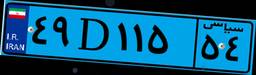
۰۷D۱۱۷۶۶